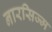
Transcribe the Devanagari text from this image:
नारसिज्म